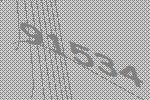
91534